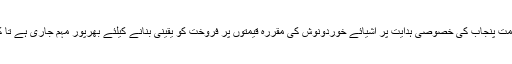
تفصیل کے مطابق اسسٹنٹ کمشنر قصور محمد شاہ رخ نیازی نے بتایا کہ حکومت پنجاب کی خصوصی ہدایت پر اشیائے خوردونوش کی مقررہ قیمتوں پر فروخت کو یقینی بنانے کیلئے بھرپور مہم جاری ہے تا کہ ناجائز منافع خوروں کو انکے مذموم مقاصد میں کامیابی حاصل نہ ہو سکے۔